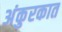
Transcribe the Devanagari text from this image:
अंकुरकात